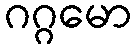
ဂဂ္ဂမော